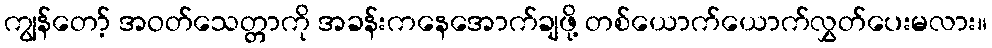
ကျွန်တော့် အဝတ်သေတ္တာကို အခန်းကနေအောက်ချဖို့ တစ်ယောက်ယောက်လွှတ်ပေးမလား။